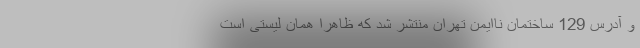
و آدرس 129 ساختمان ناایمن تهران منتشر شد که ظاهراً همان لیستی است